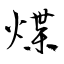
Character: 煠